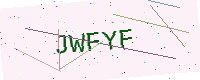
Text: JWFYF